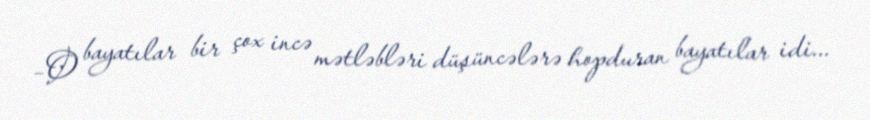
–O bayatılar bir çox incə mətləbləri düşüncələrə hopduran bayatılar idi...